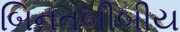
બિનતબીબીય